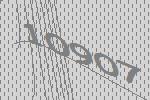
10907